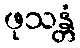
ဖုသန္တံ